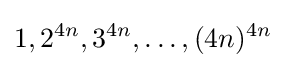
1,2^{4n},3^{4n},\dots ,(4n)^{4n}